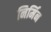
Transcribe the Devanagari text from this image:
निर्मिन